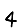
Digit: 4